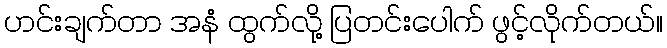
ဟင်းချက်တာ အနံ ထွက်လို့ ပြတင်းပေါက် ဖွင့်လိုက်တယ်။